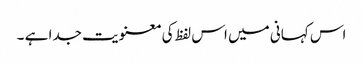
اس کہانی میں اس لفظ کی معنویت جدا ہے ۔